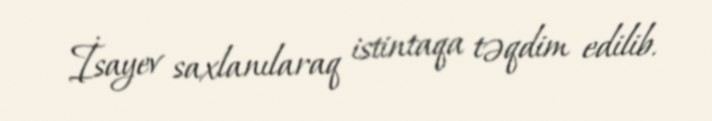
İsayev saxlanılaraq istintaqa təqdim edilib.